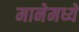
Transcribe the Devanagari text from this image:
मानेमध्ये